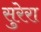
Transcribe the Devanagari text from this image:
सुरेरा